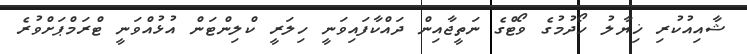
ޝާއިއުކުރި ޚިޔާލު ހޯދުމުގެ ވޯޓްގެ ނަތީޖާއިން ދައްކާފައިވަނީ ހިލަރީ ކްލިންޓަން އުޅުއްވަނީ ޓްރަމްޕަށްވުރެ